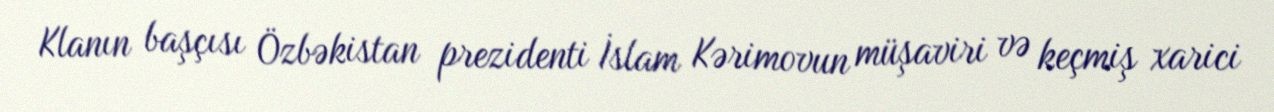
Klanın başçısı Özbəkistan prezidenti İslam Kərimovun müşaviri və keçmiş xarici